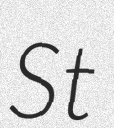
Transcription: St